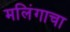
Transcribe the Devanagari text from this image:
मलिंगाचा